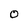
Character: 0